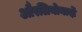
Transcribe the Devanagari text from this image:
औरलियोनार्दो